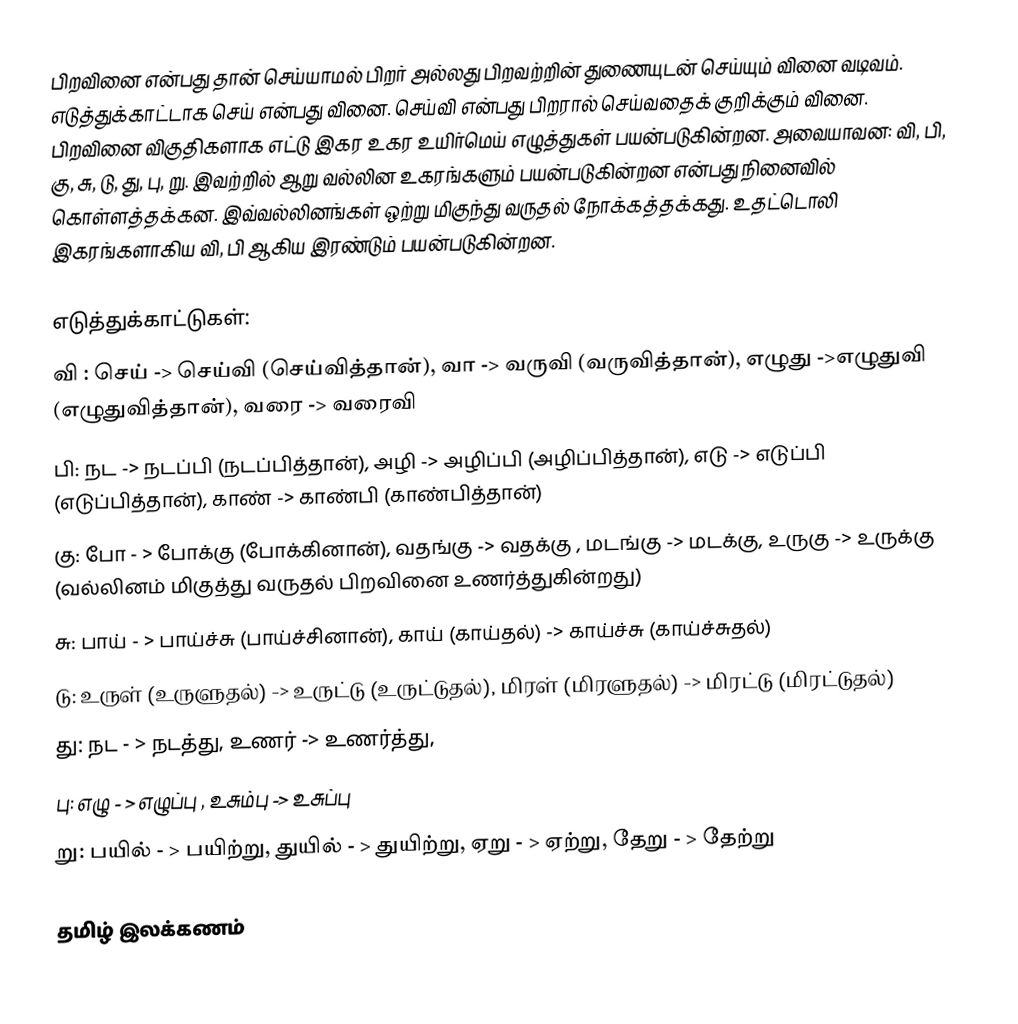
பிறவினை என்பது தான் செய்யாமல் பிறர் அல்லது பிறவற்றின் துணையுடன் செய்யும் வினை வடிவம். எடுத்துக்காட்டாக செய் என்பது வினை. செய்வி என்பது பிறரால் செய்வதைக் குறிக்கும் வினை. பிறவினை விகுதிகளாக எட்டு இகர உகர உயிர்மெய் எழுத்துகள் பயன்படுகின்றன. அவையாவன: வி, பி, கு, சு, டு, து, பு, று. இவற்றில் ஆறு வல்லின உகரங்களும் பயன்படுகின்றன என்பது நினைவில் கொள்ளத்தக்கன. இவ்வல்லினங்கள் ஒற்று மிகுந்து வருதல் நோக்கத்தக்கது. உதட்டொலி இகரங்களாகிய வி, பி ஆகிய இரண்டும் பயன்படுகின்றன.

எடுத்துக்காட்டுகள்:
 வி : செய் -> செய்வி (செய்வித்தான்), வா -> வருவி (வருவித்தான்), எழுது ->எழுதுவி (எழுதுவித்தான்), வரை -> வரைவி
 பி: நட -> நடப்பி (நடப்பித்தான்), அழி -> அழிப்பி (அழிப்பித்தான்), எடு -> எடுப்பி (எடுப்பித்தான்), காண் -> காண்பி (காண்பித்தான்)
 கு: போ - > போக்கு (போக்கினான்), வதங்கு -> வதக்கு , மடங்கு -> மடக்கு, உருகு -> உருக்கு (வல்லினம் மிகுத்து வருதல் பிறவினை உணர்த்துகின்றது)
 சு: பாய் - > பாய்ச்சு (பாய்ச்சினான்), காய் (காய்தல்) -> காய்ச்சு (காய்ச்சுதல்)
 டு: உருள் (உருளுதல்) -> உருட்டு (உருட்டுதல்), மிரள் (மிரளுதல்) -> மிரட்டு (மிரட்டுதல்)
 து: நட - > நடத்து, உணர் -> உணர்த்து,
 பு: எழு - > எழுப்பு , உசும்பு -> உசுப்பு
 று: பயில் - > பயிற்று, துயில் - > துயிற்று, ஏறு - > ஏற்று, தேறு - > தேற்று

தமிழ் இலக்கணம்